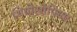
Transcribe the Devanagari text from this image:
थियोसोफिया